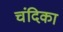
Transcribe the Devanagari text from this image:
चंदिका